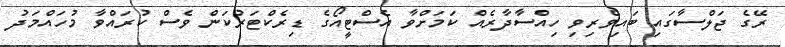
ރޭގެ ޖަލްސާގައި ބައިވެރިވި ހިއްސާދާރެއް ކަމަށްވާ އެސްޓީއޯގެ ޑިރެކްޓަރުކަން ވެސް ކުރައްވާ މުހައްމަދު